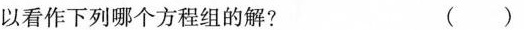
以看作下列哪个方程组的解? ()